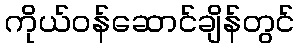
ကိုယ်ဝန်ဆောင်ချိန်တွင်